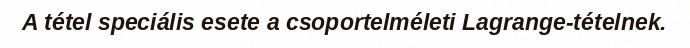
A tétel speciális esete a csoportelméleti Lagrange-tételnek.